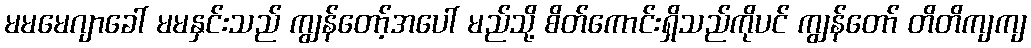
မမမေဂျာခေါ် မမနှင်းသည် ကျွန်တော့်အပေါ် မည်သို့ စိတ်ကောင်းရှိသည်ကိုပင် ကျွန်တော် တိတိကျကျ